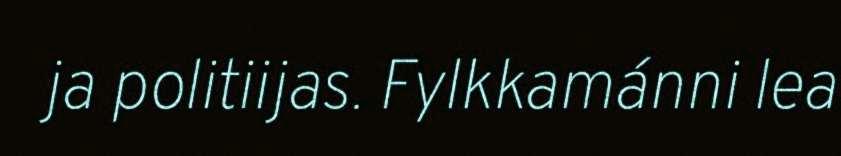
ja politiijas. Fylkkamánni lea